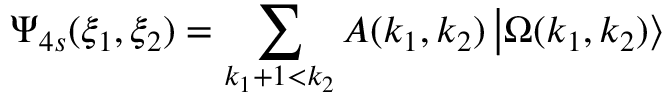
\Psi _ { 4 s } ( \xi _ { 1 } , \xi _ { 2 } ) = \sum _ { k _ { 1 } + 1 < k _ { 2 } } A ( k _ { 1 } , k _ { 2 } ) \left| \Omega ( k _ { 1 } , k _ { 2 } ) \right\rangle